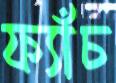
ফ্যাঁচ